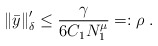
\begin{align*}\left\Vert \bar{y}\right\Vert _{\delta}^{\prime}\leq\frac{\gamma}{6C_{1}N_{1}^{\mu}}=:\rho\;. \end{align*}